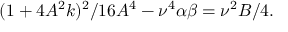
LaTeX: ( 1 + 4 A ^ { 2 } k ) ^ { 2 } / 1 6 A ^ { 4 } - \nu ^ { 4 } \alpha \beta = \nu ^ { 2 } B / 4 .